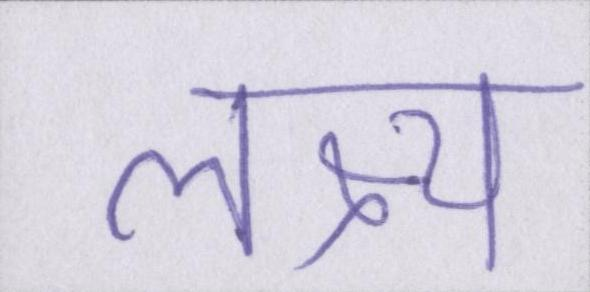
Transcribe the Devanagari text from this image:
लक्ष्य